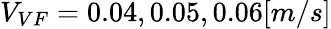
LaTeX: V_{VF}=0.04,0.05,0.06[m/s]